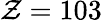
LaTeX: \mathcal{Z}=103